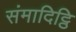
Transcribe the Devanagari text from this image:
संमादिट्ठि